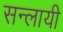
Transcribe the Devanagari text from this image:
सन्लायी